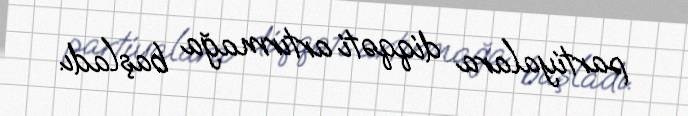
partiyalara diqqəti artırmağa başladı.